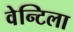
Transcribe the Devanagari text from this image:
वेन्टिला